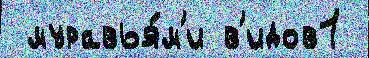
 муравья́м'и в'идов1